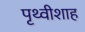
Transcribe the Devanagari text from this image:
पृथ्वीशाह